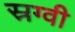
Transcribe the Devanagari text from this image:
स्रग्वी